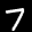
Label: 7